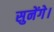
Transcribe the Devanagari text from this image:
सुनेंगे।